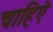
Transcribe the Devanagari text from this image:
चाहिऐ